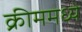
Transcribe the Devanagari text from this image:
क्रीममध्ये